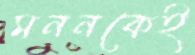
মননকেই